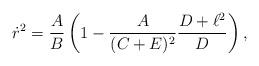
LaTeX: \begin{align*}\dot{r}^2={A\over B}\left(1-{A\over{(C+E)^2}}{{D+\ell^2}\over D}\right),\end{align*}